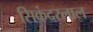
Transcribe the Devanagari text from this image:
सिकंदरलाल